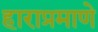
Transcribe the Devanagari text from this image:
हाराप्रमाणे